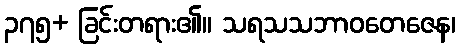
၃၇၅+ ခြင်းတရား၏။ သရသသဘာဝတေဇေန၊